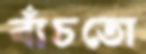
বাঁচতো